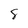
Character: 8